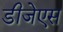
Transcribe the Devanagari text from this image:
डीजेएस